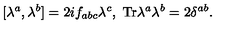
[ \lambda ^ { a } , \lambda ^ { b } ] = 2 i f _ { a b c } \lambda ^ { c } , \ \mathrm { T r } \lambda ^ { a } \lambda ^ { b } = 2 \delta ^ { a b } .